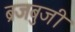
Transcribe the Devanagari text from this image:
ब्रजबुजी